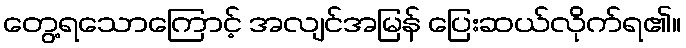
တွေ့ရသောကြောင့် အလျင်အမြန် ပြေးဆယ်လိုက်ရ၏။